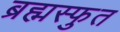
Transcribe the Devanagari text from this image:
ब्रह्मस्फुत